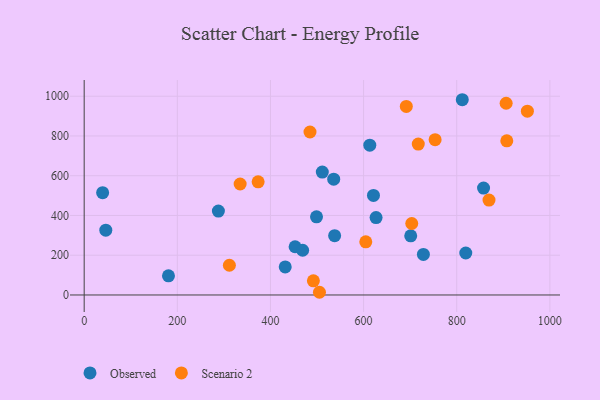
{"axis": {"x": "Price", "y": "Yield"}, "legend": ["Observed", "Scenario 2"], "data": [{"x": "46.4", "y": 326.0, "type": "Observed"}, {"x": "511.3", "y": 618.2, "type": "Observed"}, {"x": "431.7", "y": 141.1, "type": "Observed"}, {"x": "288.2", "y": 422.2, "type": "Observed"}, {"x": "811.9", "y": 982.3, "type": "Observed"}, {"x": "498.9", "y": 393.0, "type": "Observed"}, {"x": "701.2", "y": 297.8, "type": "Observed"}, {"x": "613.3", "y": 753.4, "type": "Observed"}, {"x": "452.9", "y": 242.7, "type": "Observed"}, {"x": "626.8", "y": 389.3, "type": "Observed"}, {"x": "181.0", "y": 96.4, "type": "Observed"}, {"x": "819.4", "y": 211.3, "type": "Observed"}, {"x": "728.4", "y": 204.2, "type": "Observed"}, {"x": "857.6", "y": 538.0, "type": "Observed"}, {"x": "469.1", "y": 225.1, "type": "Observed"}, {"x": "537.8", "y": 298.2, "type": "Observed"}, {"x": "621.2", "y": 500.6, "type": "Observed"}, {"x": "535.8", "y": 582.5, "type": "Observed"}, {"x": "39.6", "y": 514.5, "type": "Observed"}, {"x": "373.5", "y": 569.2, "type": "Scenario 2"}, {"x": "691.7", "y": 948.8, "type": "Scenario 2"}, {"x": "604.7", "y": 267.6, "type": "Scenario 2"}, {"x": "907.5", "y": 775.7, "type": "Scenario 2"}, {"x": "484.9", "y": 820.0, "type": "Scenario 2"}, {"x": "951.7", "y": 924.6, "type": "Scenario 2"}, {"x": "703.4", "y": 359.5, "type": "Scenario 2"}, {"x": "717.4", "y": 759.1, "type": "Scenario 2"}, {"x": "492.2", "y": 71.0, "type": "Scenario 2"}, {"x": "311.8", "y": 149.6, "type": "Scenario 2"}, {"x": "906.1", "y": 964.5, "type": "Scenario 2"}, {"x": "505.2", "y": 13.6, "type": "Scenario 2"}, {"x": "334.9", "y": 558.4, "type": "Scenario 2"}, {"x": "753.6", "y": 781.3, "type": "Scenario 2"}, {"x": "869.3", "y": 477.5, "type": "Scenario 2"}]}